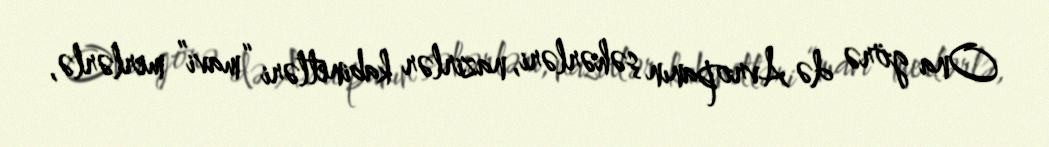
Ona görə də Avropanın şəhərləri, nazirlər kabinetləri “mavi” merlərlə,